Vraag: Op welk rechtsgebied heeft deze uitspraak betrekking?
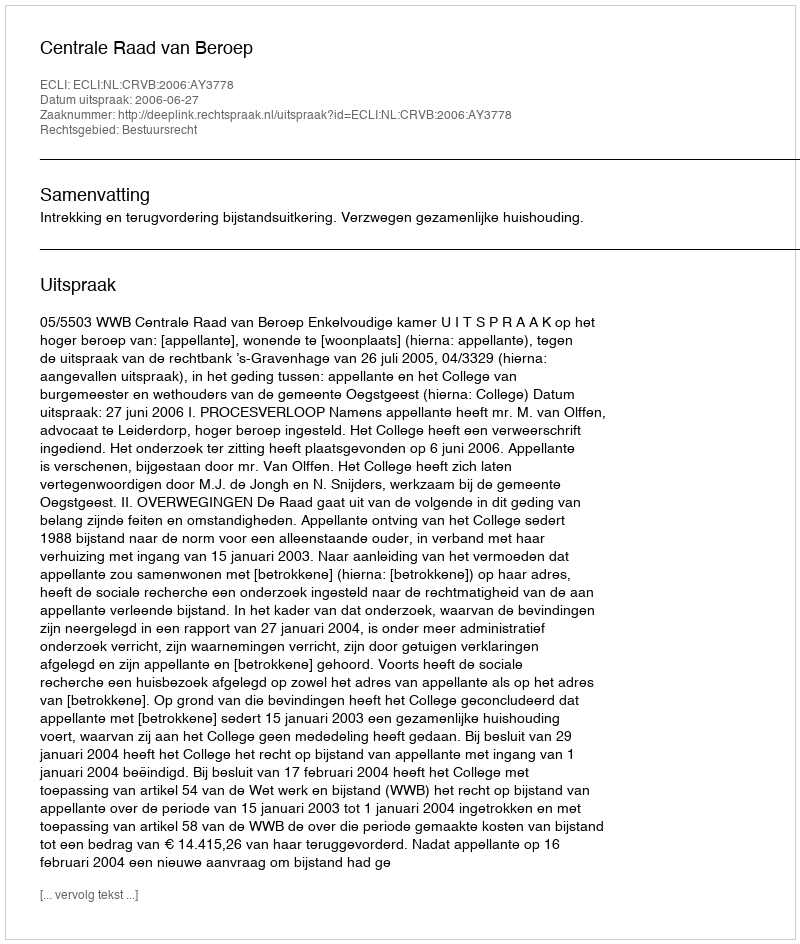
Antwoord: Bestuursrecht